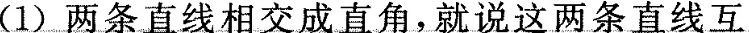
(1)两条直线相交成直角，就说这两条直线互